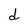
Character: d